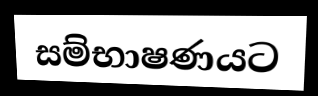
සම්භාෂණයට